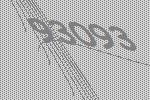
93093